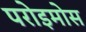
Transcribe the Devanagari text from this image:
परोइमोस